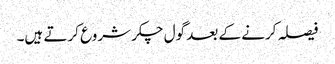
فیصلہ کرنے کے بعد گول چکر شروع کرتے ہیں۔